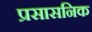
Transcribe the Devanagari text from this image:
प्रसासनिक